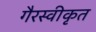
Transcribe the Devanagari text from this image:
गैरस्वीकृत